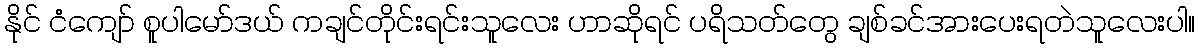
နိုင် ငံကျော် စူပါမော်ဒယ် ကချင်တိုင်းရင်းသူလေး ဟာဆိုရင် ပရိသတ်တွေ ချစ်ခင်အားပေးရတဲသူလေးပါ။